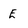
Character: E